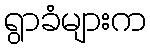
ရွာခံများက